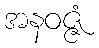
အနဝဇ္ဇံ